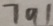
7 9 1